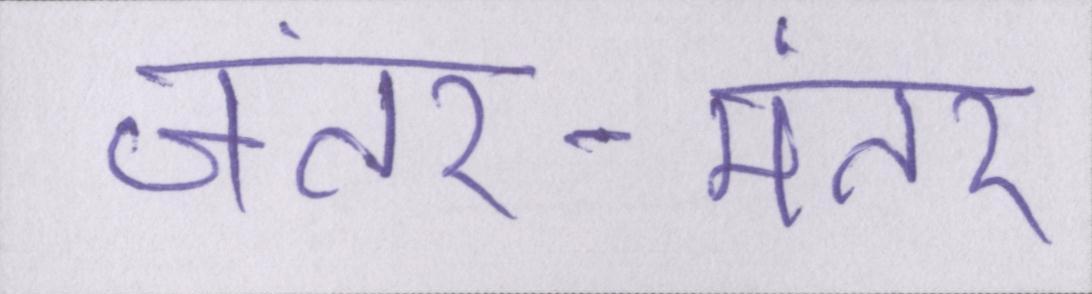
जंतर-मंतर